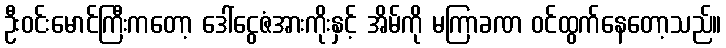
ဦးဝင်းမောင်ကြီးကတော့ ဒေါ်ငွေဇံအားကိုးနှင့် အိမ်ကို မကြာခဏ ဝင်ထွက်နေတော့သည်။